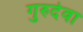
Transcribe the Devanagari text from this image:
गुरुदेवा